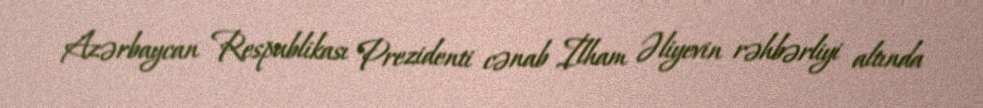
Azərbaycan Respublikası Prezidenti cənab İlham Əliyevin rəhbərliyi altında